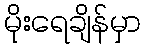
မိုးရေချိန်မှာ